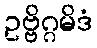
ဥဗ္ဗိဂ္ဂမိဒံ